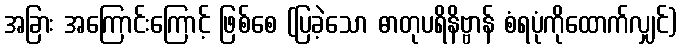
အခြား အကြောင်းကြောင့် ဖြစ်စေ (ပြခဲ့သော ဓာတုပရိနိဗ္ဗာန် စံရပုံကိုထောက်လျှင်)